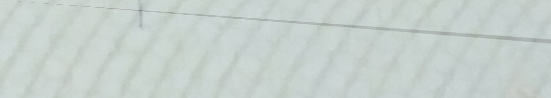
مركز لتعليم العزف على الآ